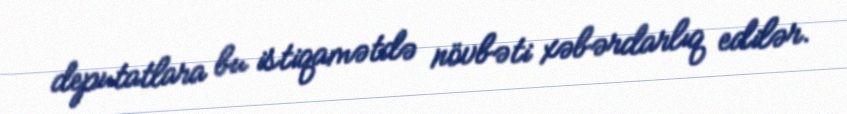
deputatlara bu istiqamətdə növbəti xəbərdarlıq edilər.